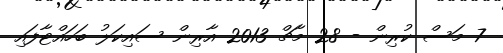
7 މަސް ކުރިން - 28 މާޗް 2013 އާރިން ސައިކަލު ބަހައްޓާފައި